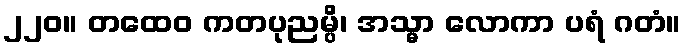
၂၂၀။ တထေဝ ကတပုညမ္ပိ၊ အသ္မာ လောကာ ပရံ ဂတံ။